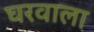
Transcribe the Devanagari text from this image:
घरवाला